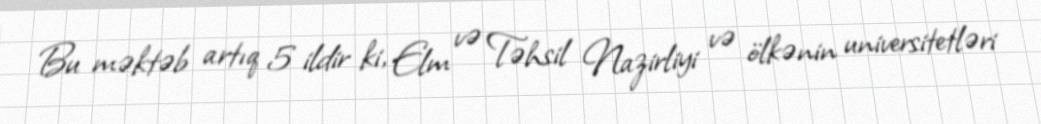
Bu məktəb artıq 5 ildir ki, Elm və Təhsil Nazirliyi və ölkənin universitetləri